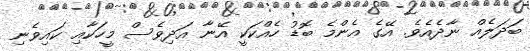
ބަދަލެއް ނާދެއެވެ. އޭގެ އެންމެ ބޮޑު ހެއްކަކީ އޭނާ އަދިވެސް މީހަކާއި ކައިވެނި